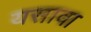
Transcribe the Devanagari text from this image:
यसावा